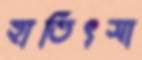
হাতিৎসা